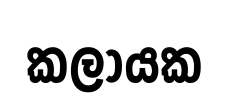
කලායක